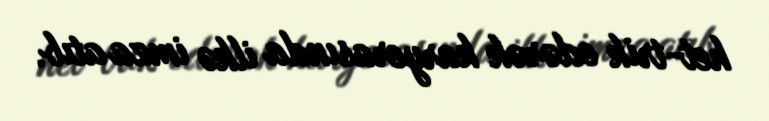
het-trik edərək karyerasında ilkə imza atıb.